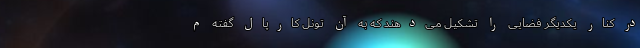
در کنار یکدیگر فضایی را تشکیل می‌دهند که به آن تونل کارپال گفته م